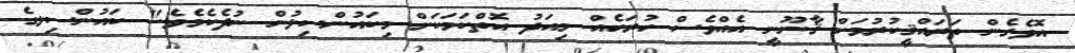
އޮވެގެން ތަރައްޤީކުރުމަށް ޤާނޫނީ އެއްވެސް ހުރަހެއް މިއަދު އޮތްކަމަކަށް މިކައުންސިލުން ނުދެކެމެވެ." ކައުންސިލގެ